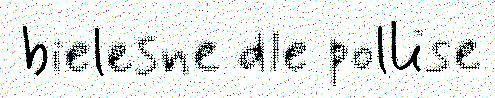
bielesne dle pollise